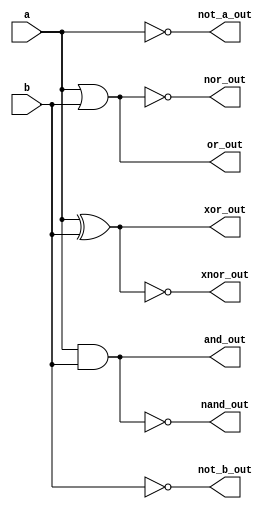
module covered_cells (
    input  wire a,      // Input A
    input  wire b,      // Input B
    output wire and_out, // AND output
    output wire or_out,  // OR output
    output wire not_a_out, // NOT A output
    output wire not_b_out, // NOT B output
    output wire nand_out, // NAND output
    output wire nor_out,  // NOR output
    output wire xor_out,  // XOR output
    output wire xnor_out  // XNOR output
);

// Covered cells implementing logical operations
assign and_out = a & b;         // AND operation
assign or_out = a | b;          // OR operation
assign not_a_out = ~a;          // NOT operation for A
assign not_b_out = ~b;          // NOT operation for B
assign nand_out = ~(a & b);     // NAND operation
assign nor_out = ~(a | b);      // NOR operation
assign xor_out = a ^ b;         // XOR operation
assign xnor_out = ~(a ^ b);     // XNOR operation

endmodule